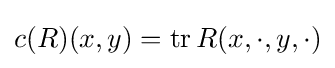
c(R)(x,y)=\operatorname {tr} R(x,\cdot ,y,\cdot )